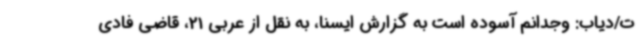
ت/دیاب: وجدانم آسوده است به گزارش ایسنا، به نقل از عربی 21، قاضی فادی